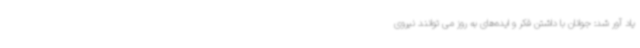
یاد آور شد: جوانان با داشتن فکر و ایده‌های به روز می توانند نیروی